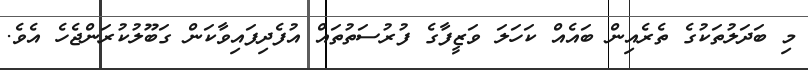
މި ބަދަލުތަކުގެ ތެރެއިން ބައެއް ކަހަލަ ވަޒީފާގެ ފުރުސަތުތައް އުފެދިފައިވާކަން ގަބޫލުކުރަންޖެހެ އެވެ.